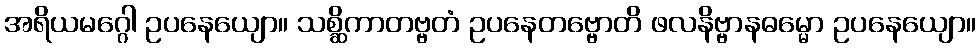
အရိယမဂ္ဂေါ ဥပနေယျော။ သစ္ဆိကာတဗ္ဗတံ ဥပနေတဗ္ဗောတိ ဖလနိဗ္ဗာနဓမ္မော ဥပနေယျော။